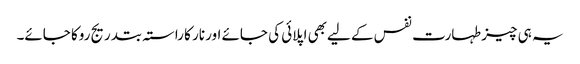
یہ ہی چیز طہارت نفس کے لیےبھی اپلائی کی جائے اور نار کا راستہ بتدریج روکا جائے۔